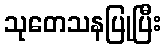
သုတေသနပြုပြီး